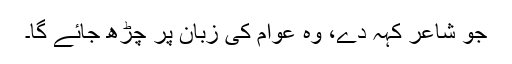
جو شاعر کہہ دے، وہ عوام کی زبان پر چڑھ جائے گا۔